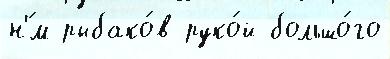
н'́м рыбако́в руко́й большо́го